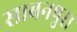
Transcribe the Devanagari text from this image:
साबनपुरा